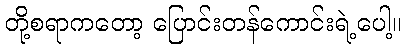
တို့စရာကတော့ ပြောင်းတန်ကောင်းရဲ့ပေါ့။